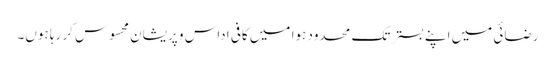
رضائی میں اپنے بستر تک محدود ہوا میں کافی اداس و پریشان محسوس کر رہا ہوں۔